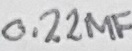
Text: 0.22µF